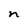
Character: n